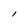
Character: l